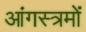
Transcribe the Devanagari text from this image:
आंगस्त्रमों